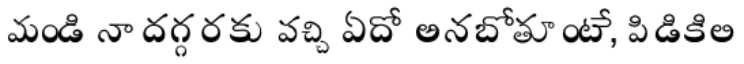
మండి నా దగ్గరకు వచ్చి ఏదో అనబోతూంటే, పిడికిలి